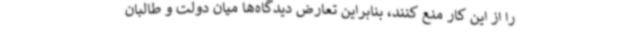
را از این کار منع کنند، بنابراین تعارض دیدگاه‌ها میان دولت و طالبان